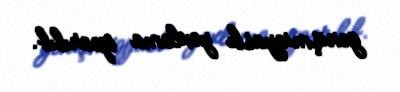
genişmiqyaslı yoxlama aparılıb.